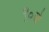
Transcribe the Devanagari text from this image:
९०वे